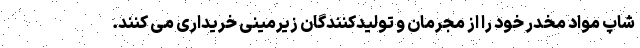
شاپ مواد مخدر خود را از مجرمان و تولیدکنندگان زیرمینی خریداری می کنند.